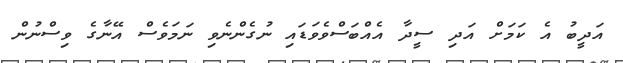
އަދީބު އެ ކަމަށް އަދި ސީދާ އެއްބަސްވެވަޑައި ނުގެންނެވި ނަމަވެސް އޭނާގެ ވިސްނުން